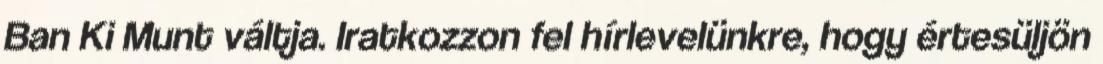
Ban Ki Munt váltja. Iratkozzon fel hírlevelünkre, hogy értesüljön